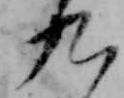
九